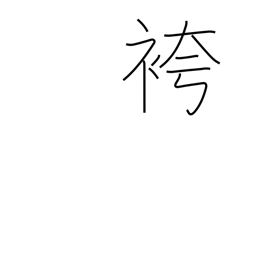
Meaning: men's formal divided skirt